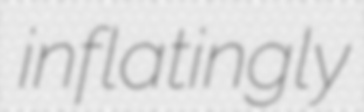
inflatingly